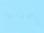
ميني